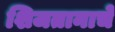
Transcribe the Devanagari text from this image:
शिजतानाचे